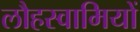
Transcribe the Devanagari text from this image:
लौहस्वामियों